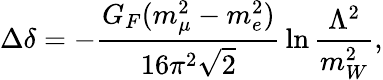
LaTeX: \Delta\delta=-{\frac{G_{F}(m_{\mu}^{2}-m_{e}^{2})}{16\pi^{2}\sqrt 2}}\ln{\frac{\Lambda^{2}}{m_{W}^{2}}},